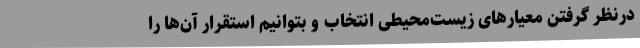
درنظر گرفتن معیارهای زیست‌محیطی انتخاب و بتوانیم استقرار آن‌ها را